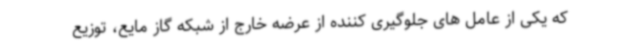
که یکی از عامل های جلوگیری کننده از عرضه خارج از شبکه گاز مایع، توزیع